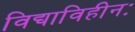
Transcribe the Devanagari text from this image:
विद्याविहीनः